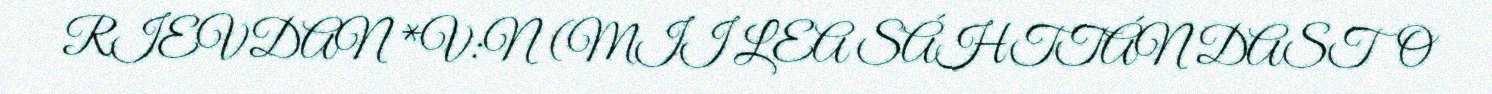
RIEVDAN *V:N (MII LEA SÁHTTÁN DASTO